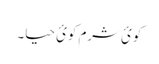
کوئ شرم کوئ حیا۔